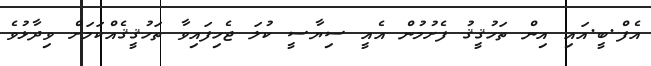
އެފް.ބީ.އައި އިން ތަހުޤީޤު ފެށުމުން އެއީ ސިޔާސީ ކުލަ ޖެހިފައިވާ ތަހުޤީޤެއްކަމަށް ވިދާޅުވެ